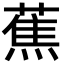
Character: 蕉